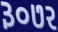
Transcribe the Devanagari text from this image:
३०७२